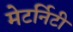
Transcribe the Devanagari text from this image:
मेटर्निटी